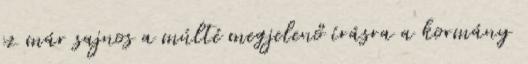
ez már sajnos a múlté megjelenő írásra a kormány